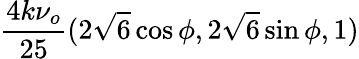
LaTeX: \frac{4k\nu_{o}}{25}(2\sqrt{6}\cos\phi,2\sqrt{6}\sin\phi,1)